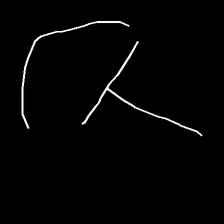
Glyph: dispersion